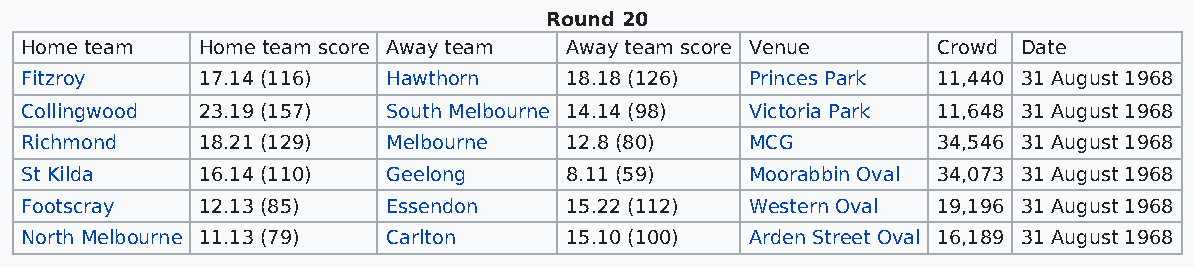
Round 20
 Home team   Home team score Away team Away team score Venue  Crowd Date
 Fitzroy     17.14 (116)  Hawthorn   18.18 (126)  Princes Park 11,440 31 August 1968
 Collingwood 23.19 (157)  South Melbourne 14.14 (98) Victoria Park 11,648 31 August 1968
 Richmond    18.21 (129)  Melbourne  12.8 (80)    MCG         34,546 31 August 1968
 St Kilda    16.14 (110)  Geelong    8.11 (59)    Moorabbin Oval 34,073 31 August 1968
 Footscray   12.13 (85)   Essendon   15.22 (112)  Western Oval 19,196 31 August 1968
 North Melbourne 11.13 (79) Carlton  15.10 (100)  Arden Street Oval 16,189 31 August 1968